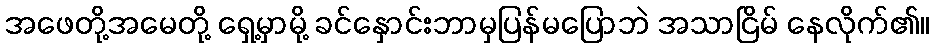
အဖေတို့အမေတို့ ရှေ့မှာမို့ ခင်နှောင်းဘာမှပြန်မပြောဘဲ အသာငြိမ် နေလိုက်၏။